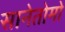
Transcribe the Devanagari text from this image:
सानेतोमो